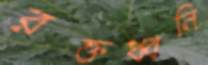
রক্তধ্বনি